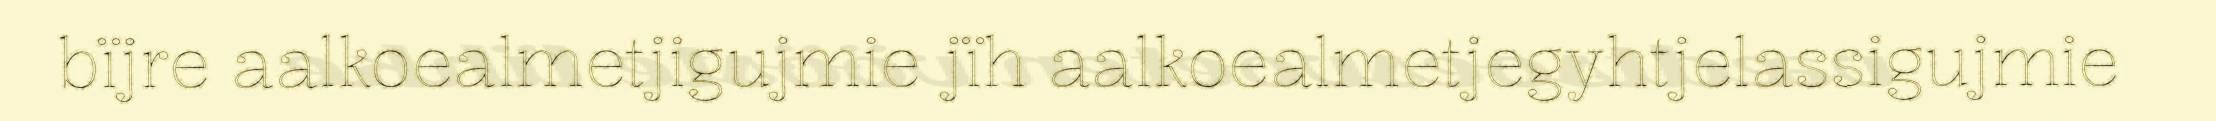
bïjre aalkoealmetjigujmie jïh aalkoealmetjegyhtjelassigujmie